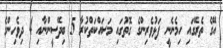
އޭގެ ތެރޭގައި ހިމެނެނީ ފަޅުވެރިންގެ ގޮތުގައި މަސައްކަތްކުރާ 5 ބިދޭސީންނާއި 4 ދިވެހިންގެ